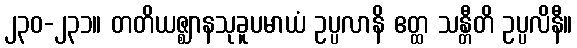
၂၃၀-၂၃၁။ တတိယဇ္ဈာနသုခူပမာယံ ဥပ္ပလာနိ ဧတ္ထ သန္တီတိ ဥပ္ပလိနီ။